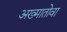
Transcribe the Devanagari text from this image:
अख्मातोवा